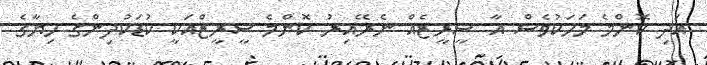
އަދި ކޮންމެ މަހަކުވެސް އާ ސީރީޒެއް ނެރޭއިރު ކޮންމެ ސީރީޒްއަކީ ކުޑަކުދިންގެ ހިޔާގެ